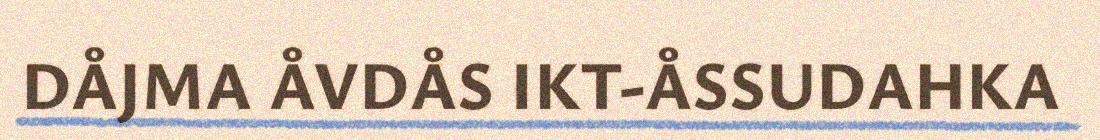
DÅJMA ÅVDÅS IKT-ÅSSUDAHKA